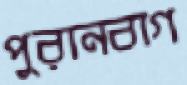
পুরানবাগ